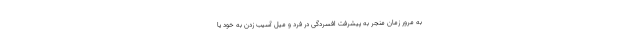
به مرور زمان منجر به پیشرفت افسردگی در فرد و میل آسیب زدن به خود یا